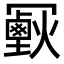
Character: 𠖣